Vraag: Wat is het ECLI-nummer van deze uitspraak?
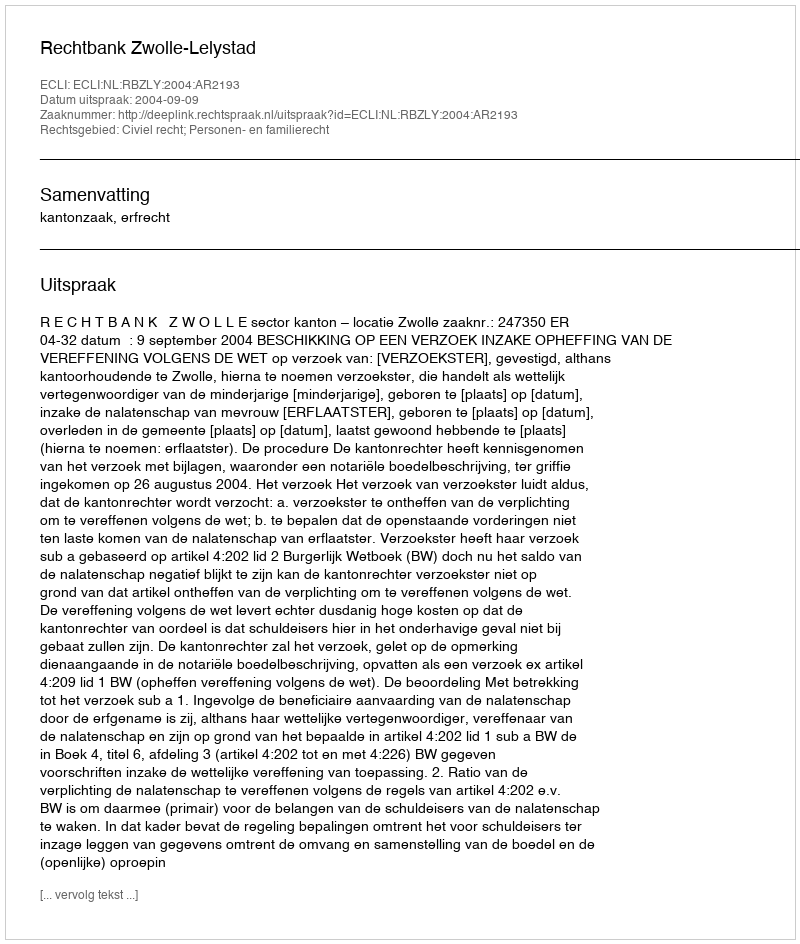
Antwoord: ECLI:NL:RBZLY:2004:AR2193